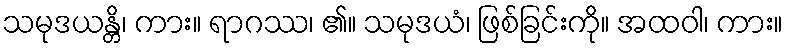
သမုဒယန္တိ၊ ကား။ ရာဂဿ၊ ၏။ သမုဒယံ၊ ဖြစ်ခြင်းကို။ အထဝါ၊ ကား။